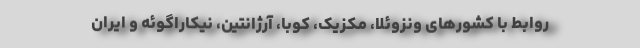
روابط با کشورهای ونزوئلا، مکزیک، کوبا، آرژانتین، نیکاراگوئه و ایران